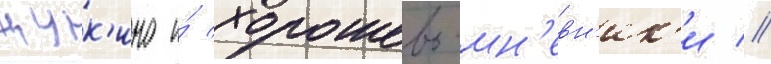
щук'ино и́ хорошево-мн'евн'ик'и //